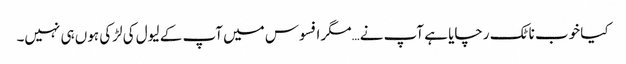
کیا خوب ناٹک رچایا ہے آپ نے…مگر افسوس میں آپ کے لیول کی لڑکی ہوں ہی نہیں۔